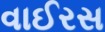
વાઈરસ